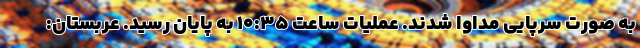
به صورت سرپایی مداوا شدند. عملیات ساعت ۱۰:۳۵ به پایان رسید. عربستان: